Report on sanitation, dispensaries, and jails in Rajputana for 1911, and on vaccination for the year 1911-1912 - 1911-1912
Year: 1911
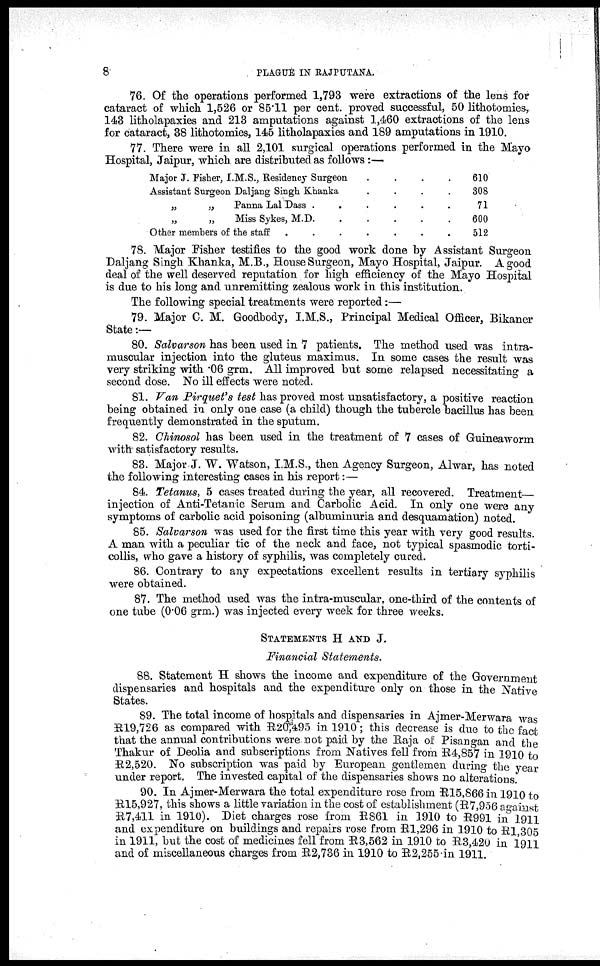
8
PLAGUE IN RAJPUTANA.
76. Of the operations performed 1,793 were extractions of the lens for
cataract of which 1,526 or 85.11 per cent. proved successful, 50 lithotomies,
143 litholapaxies and 213 amputations against 1,460 extractions of the lens
for cataract, 38 lithotomies, 145 litholapaxies and 189 amputations in 1910.
77. There were in all 2,101 surgical operations performed in the Mayo
Hospital, Jaipur, which are distributed as follows :—
Major J. Fisher, I.M.S., Residency Surgeon
.
.
.
.
Assistant Surgeon Daljang Singh Khanka
.
.
.
.
„
„
Panna Lal Dass
.
.
.
.
.
„
„
Miss Sykes, M.D
.
.
.
.
.
Other members of the staff
.
.
.
.
.
610
308
71
600
512
78. Major Fisher testifies to the good work done by Assistant Surgeon
Daljang Singh Khanka, M.B., House Surgeon, Mayo Hospital, Jaipur. A good
deal of the well deserved reputation for high efficiency of the Mayo Hospital
is due to his long and unremitting zealous work in this institution.
The following special treatments were reported:—
79. Major C. M. Goodbody, I.M.S., Principal Medical Officer, Bikaner
State:—
80. Salvarson has been used in 7 patients. The method used was intra-
muscular injection into the gluteus maximus. In some cases the result was
very striking with .06 grm. All improved but some relapsed necessitating a
second dose. No ill effects were noted.
81. Van Pirquet's test has proved most unsatisfactory, a positive reaction
being obtained in only one case (a child) though the tubercle bacillus has been
frequently demonstrated in the sputum.
82. Chinosol has been used in the treatment of 7 cases of Guineaworm
with satisfactory results.
83. Major J. W. Watson, I.M.S., then Agency Surgeon, Alwar, has noted
the following interesting cases in his report:—
84. Tetanus, 5 cases treated during the year, all recovered. Treatment—
injection of Anti-Tetanic Serum and Carbolic Acid. In only one were any
symptoms of carbolic acid poisoning (albuminuria and desquamation) noted.
85. Salvarson was used for the first time this year with very good results.
A man with a peculiar tic of the neck and face, not typical spasmodic torti-
collis, who gave a history of syphilis, was completely cured.
86. Contrary to any expectations excellent results in tertiary syphilis
were obtained.
87. The method used was the intra-muscular, one-third of the contents of
one tube (0.06 grm.) was injected every week for three weeks.
STATEMENTS H AND J.
Financial Statements.
88. Statement H shows the income and expenditure of the Government
dispensaries and hospitals and the expenditure only on those in the Native
States.
89. The total income of hospitals and dispensaries in Ajmer-Merwara was
R19,726 as compared with R20,495 in 1910; this decrease is due to the fact
that the annual contributions were not paid by the Raja of Pisangan and the
Thakur of Deolia and subscriptions from Natives fell from R4,857 in 1910 to
R2,520. No subscription was paid by European gentlemen during the year
under report. The invested capital of the dispensaries shows no alterations.
90. In Ajmer-Merwara the total expenditure rose from R15,866 in 1910 to
R15,927, this shows a little variation in the cost of establishment (R7,956 against
R7,411 in 1910). Diet charges rose from R861 in 1910 to R991 in 1911
and expenditure on buildings and repairs rose from R1,296 in 1910 to R1,305
in 1911, but the cost of medicines fell from R3,562 in 1910 to R3,420 in 1911
and of miscellaneous charges from R2,736 in 1910 to R2,255 in 1911.